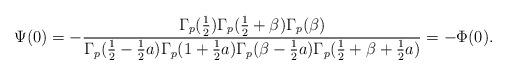
LaTeX: \begin{align*}\Psi(0)=-\frac{\Gamma_p(\frac12)\Gamma_p(\frac12+\beta)\Gamma_p(\beta)}{\Gamma_p(\frac12-\frac12a)\Gamma_p(1+\frac12a)\Gamma_p(\beta-\frac12a)\Gamma_p(\frac12+\beta+\frac12a)}=-\Phi(0).\end{align*}